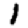
Digit: 1